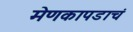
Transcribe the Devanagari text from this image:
मेणकापडाचं